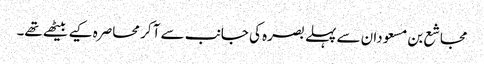
مجاشع بن مسعودان سے پہلے بصرہ کی جانب سے آ کر محاصرہ کیے بیٹھے تھے۔